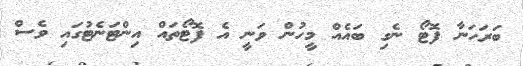
ބަރަހަނާ ފޮޓޯ ނެގި ބައެއް މީހުން ވަނީ އެ ފޮޓޯތައް އިންޓަނެޓުގައި ވެސް